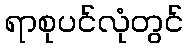
ရာစုပင်လုံတွင်